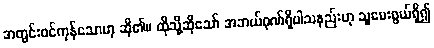
အတွင်းဝင်ကုန်သောဟု ဆို၏။ ထိုသို့ဆိုသော် အဘယ်ဂုဏ်ရှိပါသနည်းဟု သူမေးဖွယ်ရှိ၍